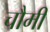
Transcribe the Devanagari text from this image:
चौमी